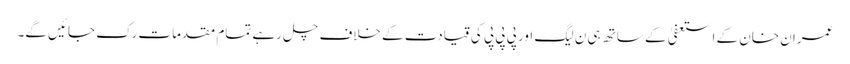
عمران خان کے استعفیٰ کے ساتھ ہی ن لیگ اور پی پی پی کی قیادت کے خلاف چل رہے تمام مقدمات رک جائیں گے۔